Annual report on the health of the army in India
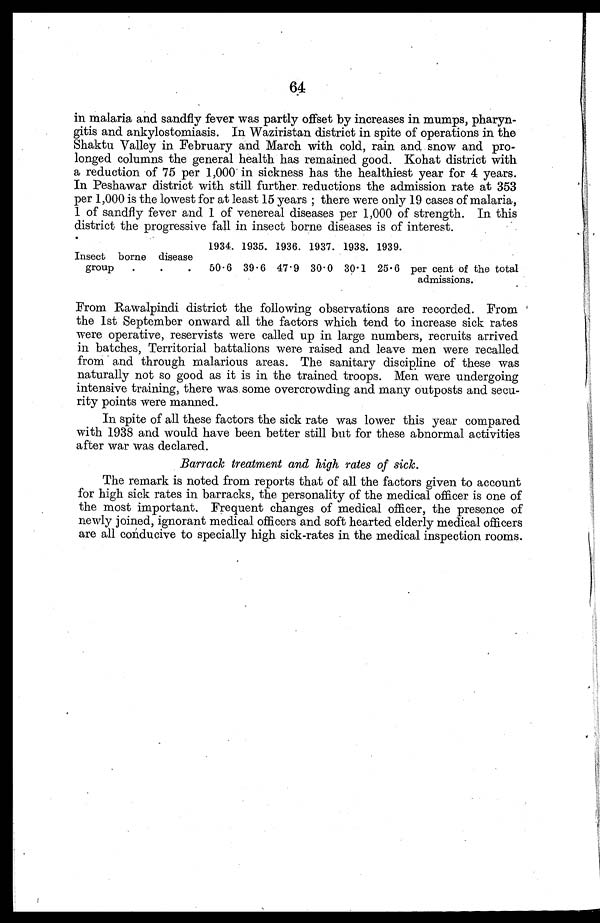
64
in malaria and sandfly fever was partly offset by increases in mumps, pharyn
gitis and ankylostomiasis. In Waziristan district in spite of operations in the
Shaktu Valley in February and March with cold, rain and snow and pro-
longed columns the general health has remained good. Kohat district with
a reduction of 75 per 1,000 in sickness has the healthiest year for 4 years.
In Peshawar district with still further reductions the admission rate at 353
per 1,000 is the lowest for at least 15 years ; there were only 19 cases of malaria,
1 of sandfly fever and 1 of venereal diseases per 1,000 of strength. In this
district the progressive fall in insect borne diseases is of interest.
1934. 1935. 1936. 1937. 1938. 1939.
Insect borne disease
group
. . .
50 . 6 39 . 6 47 . 9 30 . 0 30 . 1 25.6 per cent of the total
admissions.
From Rawalpindi district the following observations are recorded. From
the 1st September onward all the factors which tend to increase sick rates
were operative, reservists were called up in large numbers, recruits arrived
in batches, Territorial battalions were raised and leave men were recalled
from and through malarious areas. The sanitary discipline of these was
naturally not so good as it is in the trained troops. Men were undergoing
intensive training, there was some overcrowding and many outposts and secu-
rity points were manned.
In spite of all these factors the sick rate was lower this year compared
with 1938 and would have been better still but for these abnormal activities
after war was declared.
Barrack treatment and high rates of sick.
The remark is noted from reports that of all the factors given to account
for high sick rates in barracks, the personality of the medical officer is one of
the most important. Frequent changes of medical officer, the presence of
newly joined, ignorant medical officers and soft hearted elderly medical officers
are all conducive to specially high sick-rates in the medical inspection rooms.